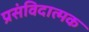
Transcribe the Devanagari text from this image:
प्रसंविदात्मक